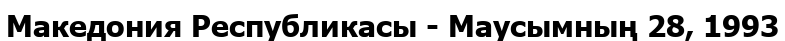
Македония Республикасы - Маусымның 28, 1993